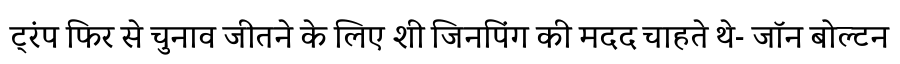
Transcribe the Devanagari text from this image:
ट्रंप फिर से चुनाव जीतने के लिए शी जिनपिंग की मदद चाहते थे- जॉन बोल्टन